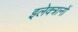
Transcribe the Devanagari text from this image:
इलेक्त्रानों